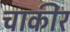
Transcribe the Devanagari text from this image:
चाकीर